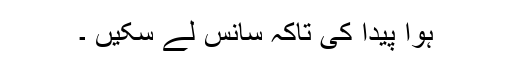
ہوا پیدا کی تاکہ سانس لے سکیں ۔